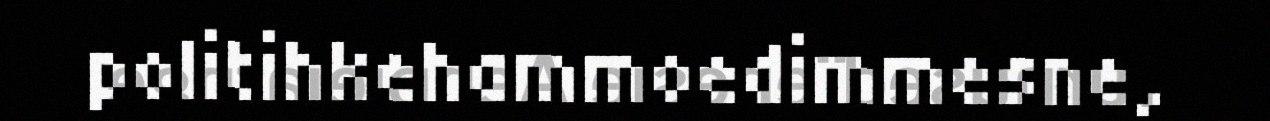
politihkehammoedimmesne,